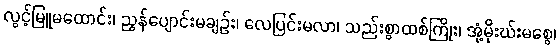
လွင့်မြူမထောင်း၊ ညွန်ပျောင်းမချဉ်း၊ လေပြင်းမလာ၊ သည်းစွာထစ်ကြိုး၊ အုံ့မိုးဃ်းမစွေ၊